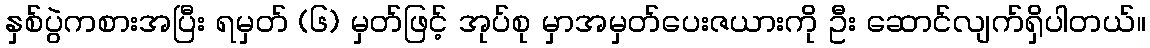
နှစ်ပွဲကစားအပြီး ရမှတ် (၆) မှတ်ဖြင့် အုပ်စု မှာအမှတ်ပေးဇယားကို ဦး ဆောင်လျက်ရှိပါတယ်။